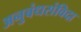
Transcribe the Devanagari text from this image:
अनुबंधसंविदा